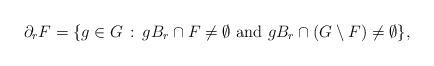
LaTeX: \begin{align*} \partial_r F = \{g \in G\,:\, g B_r \cap F \neq \emptyset \mbox{ and } g B_r \cap (G \setminus F) \neq \emptyset\}, \end{align*}